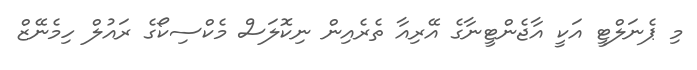
މި ޕެނަލްޓީ އަކީ އާޖެންޓީނާގެ އޭރިއާ ތެރެެއިން ނިކޮލަސް މެކްސިކޯގެ ރައުލް ހިމެނޭޒް